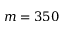
m = 3 5 0